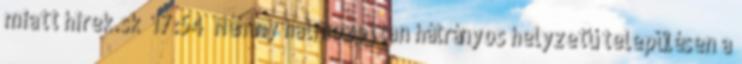
miatt hirek.sk 17:54 Néhány halmozottan hátrányos helyzetű településen a